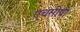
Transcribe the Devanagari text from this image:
एचसीपी